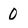
Character: 0